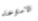
الاسترخاء